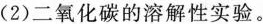
(2)二氧化碳的溶解性实验。